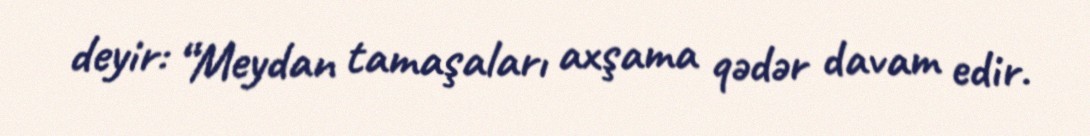
deyir: “Meydan tamaşaları axşama qədər davam edir.